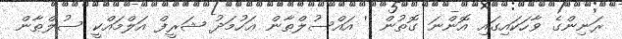
ރަނިންގެ ވާހަކައިގައި އޮންނަ ގޮތުން '' އައްސުލްޠާން ޢަހުމަދު ޝަރީފް އަލްމައްކީ ސުލްޠާން